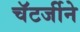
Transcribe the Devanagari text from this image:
चॅटर्जीने